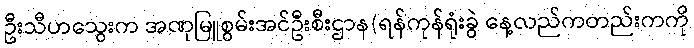
ဦးသီဟသွေးက အဏုမြူစွမ်းအင်ဦးစီးဌာန(ရန်ကုန်ရုံးခွဲ နေ့လည်ကတည်းကကို